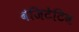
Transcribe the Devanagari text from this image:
वेजिटेटिव